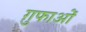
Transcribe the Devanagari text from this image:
ग़ुफाओं